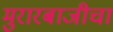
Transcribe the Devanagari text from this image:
मुरारबाजीचा